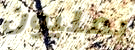
بمليون